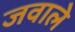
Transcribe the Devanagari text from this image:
जवाले